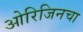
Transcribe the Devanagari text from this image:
ओरिजिनचा